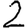
Digit: 2